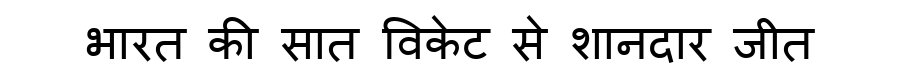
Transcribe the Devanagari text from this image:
भारत की सात विकेट से शानदार जीत